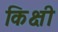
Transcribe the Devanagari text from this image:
किक्षी